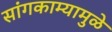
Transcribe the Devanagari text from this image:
सांगकाम्यामुळे